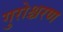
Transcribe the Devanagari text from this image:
गुरोश्चरण